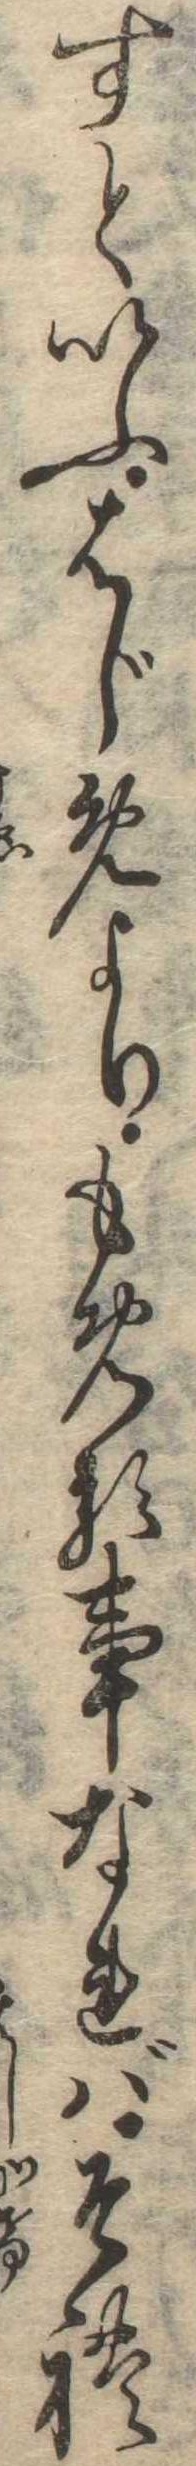
すといふはじめよりもめる事なればそれ